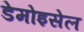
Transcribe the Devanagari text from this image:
डेमोइसेल